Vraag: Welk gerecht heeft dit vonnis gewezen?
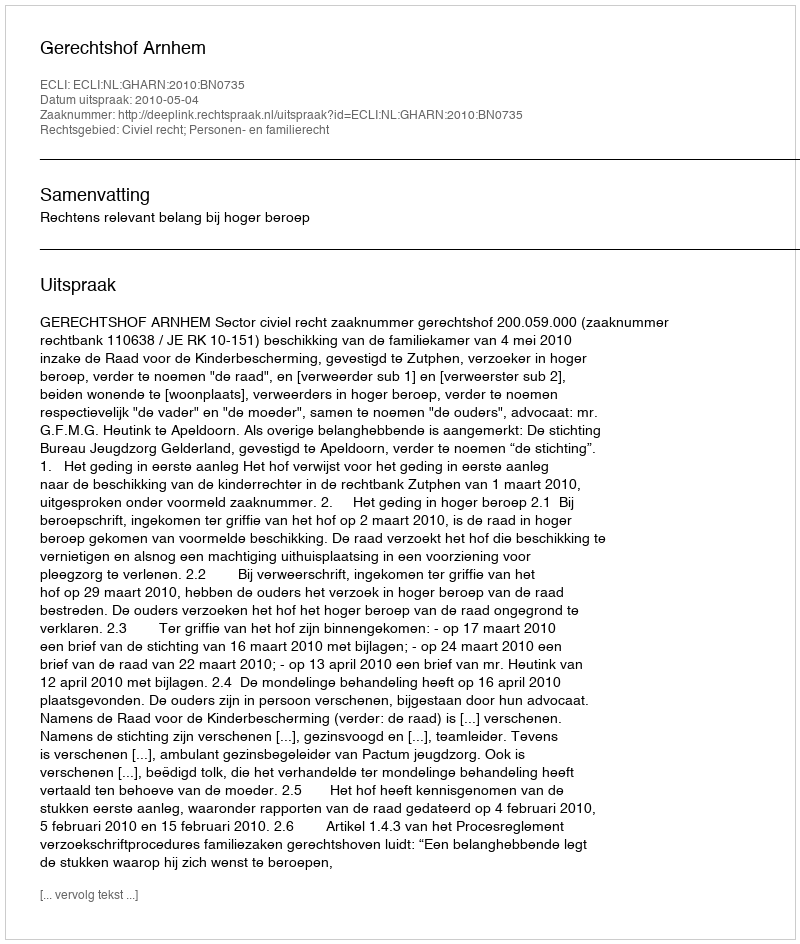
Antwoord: Gerechtshof Arnhem